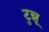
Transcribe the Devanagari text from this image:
टुन्नू